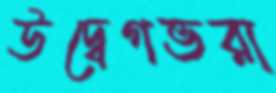
উদ্বেগভরা